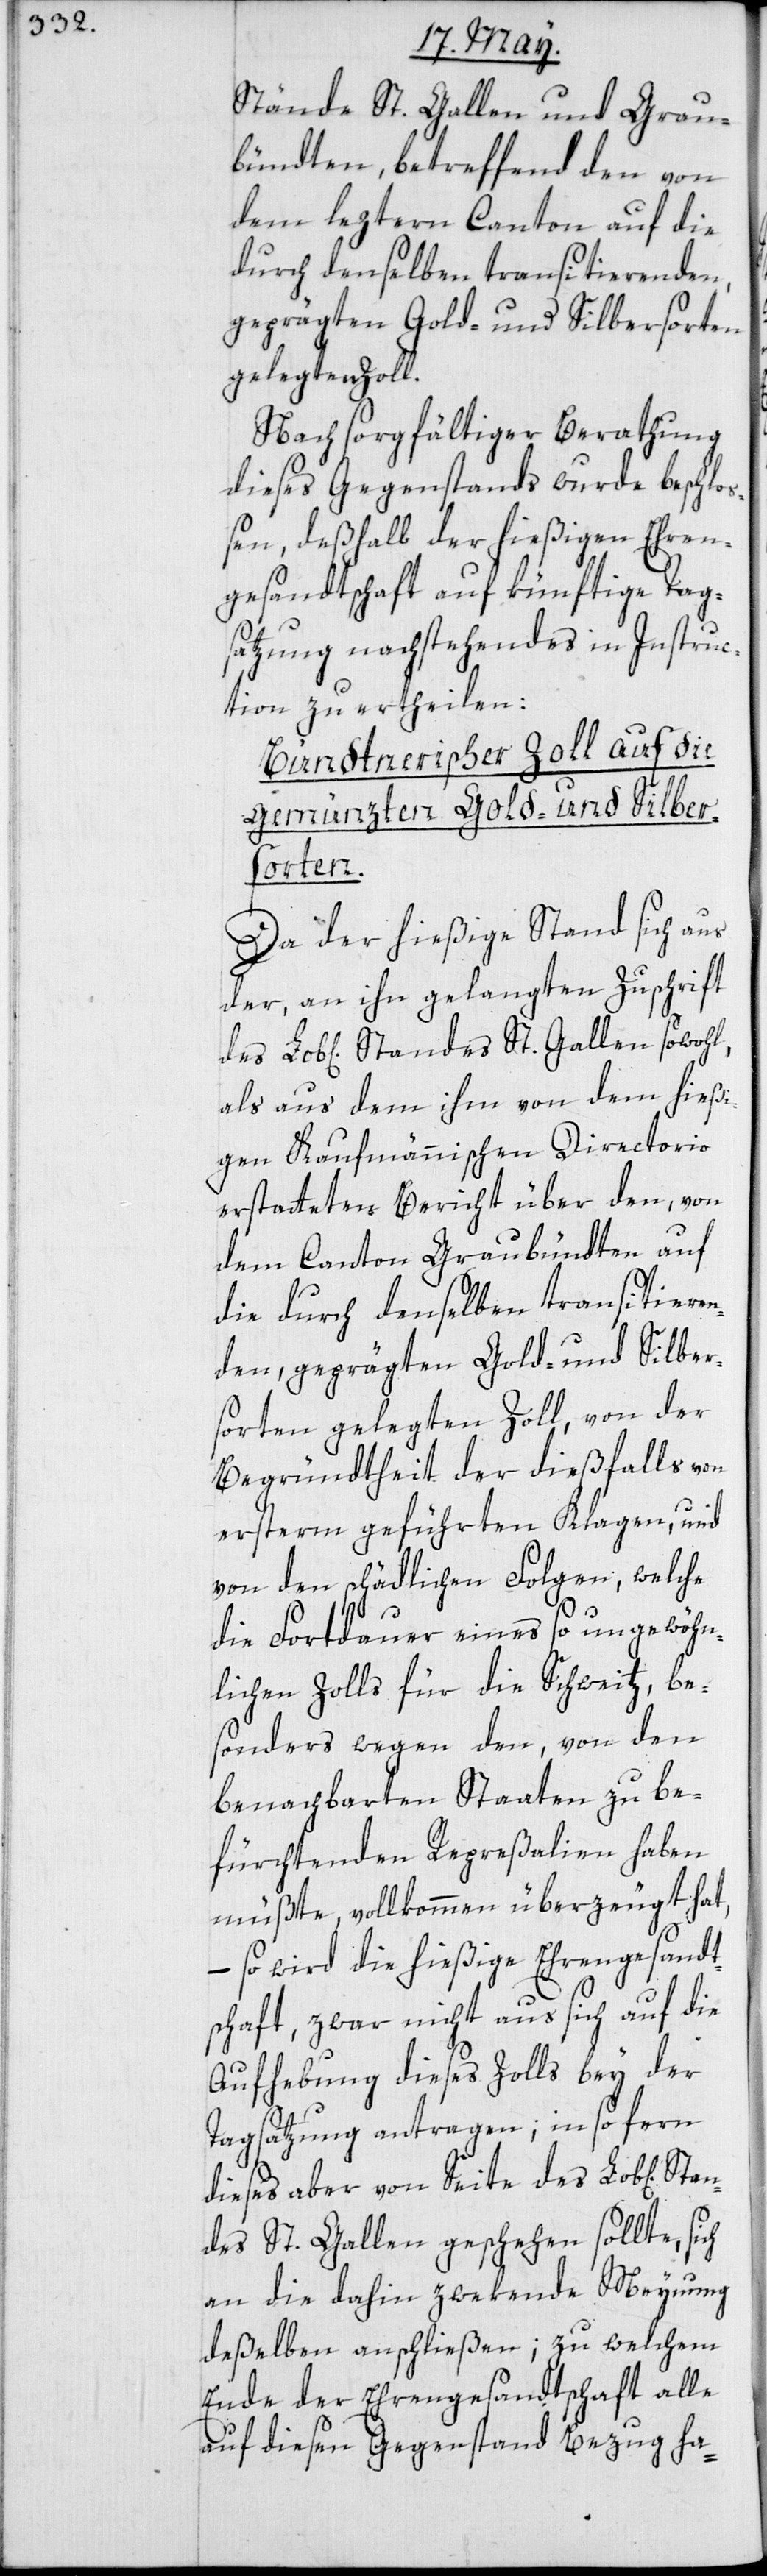
Stände St. Gallen und Grau¬
bündten, betreffend den von
dem leztern Canton auf die
durch denselben transitierenden
geprägten Gold- und Silbersorten
gelegten Zoll.
Nach sorgfältiger Berathung
dieses Gegenstands wurde beschlo¬
ßen, deßhalb der hießigen Ehren¬
gesandtschaft auf künftige Tag¬
satzung nachstehendes in Instruc¬
tion zu ertheilen:
Bündtnerischer Zoll auf die
gemünzten Gold- und Silber¬
Stan¬
Da der hießige Stand sich aus
der, an ihn gelangten Zuschrift
als aus dem ihm von dem hießi¬
gen Kaufmännischen Directorio
erstatteten Bericht über den, von
dem Canton Graubündten auf
St.
die durch denselben transitieren¬
den geprägten Gold- und Silber¬
sorten gelegten Zoll, von der
Begründtheit der dießfalls von
ersterm geführten Klagen, und
von den schädlichen Folgen, welche
die Fortdauer eines so ungewöhn¬
lichen Zolls für die Schweiz, be¬
sonders wegen den, von den
benachbarten Staaten zu be¬
fürchtenden Repreßalien haben
müßte, vollkommen überzeugt hat,
– so wird die hießige Ehrengesandt¬
schaft, zwar nicht aus sich auf die
Aufhebung dieses Zolls bey der
Tagsatzung antragen; insofern
dieses aber von Seite des Lob[lichen]
des St. Gallen geschehen sollte, sich
an die dahin zwekende Meynung
deßelben anschließen, zu welchem
Ende der Ehrengesandtschaft alle
auf diesen Gegenstand Bezug ha-